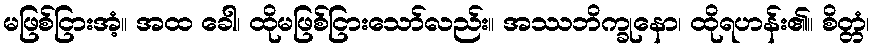
မဖြစ်ငြားအံ့။ အထ ခေါ၊ ထိုမဖြစ်ငြားသော်လည်း။ အဿဘိက္ခုနော၊ ထိုရဟန်း၏။ စိတ္တံ၊